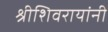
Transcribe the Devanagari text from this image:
श्रीशिवरायांनी